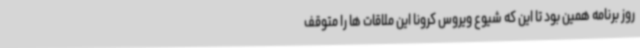
روز برنامه همین بود تا این که شیوع ویروس کرونا این ملاقات ها را متوقف